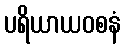
ပရိယာယဝစနံ